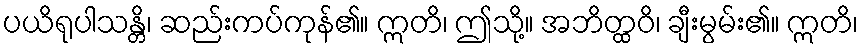
ပယိရုပါသန္တိ၊ ဆည်းကပ်ကုန်၏။ ဣတိ၊ ဤသို့။ အဘိတ္ထဝိ၊ ချီးမွမ်း၏။ ဣတိ၊